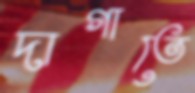
দাগাতে